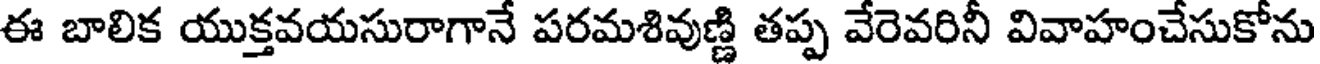
ఈ బాలిక యుక్తవయసురాగానే పరమశివుణ్ణి తప్ప వేరెవరినీ వివాహంచేసుకోను